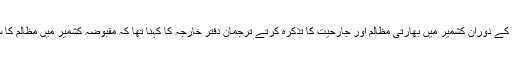
ہفتہ وار بریفنگ کے دوران کشمیر میں بھارتی مظالم اور جارحیت کا تذکرہ کرتے ترجمان دفتر خارجہ کا کہنا تھا کہ مقبوضہ کشمیر میں مظالم کا سلسلہ جاری ہے۔